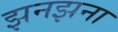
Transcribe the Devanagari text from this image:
झनझना